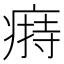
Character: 𤸟